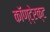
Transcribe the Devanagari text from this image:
कॉण्टे्रक्ट